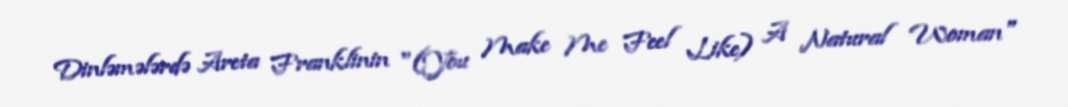
Dinləmələrdə Areta Franklinin "(You Make Me Feel Like) A Natural Woman"